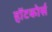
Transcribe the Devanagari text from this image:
हॉटकोर्स